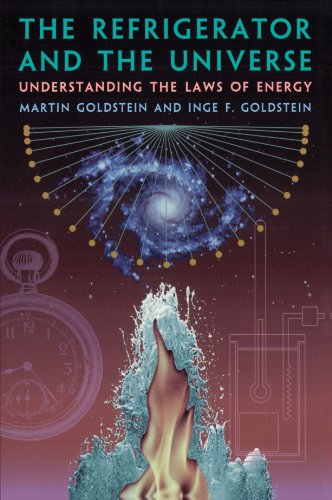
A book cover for The Refrigerator and the Universe: Understanding the Laws of Energy; Martin Goldstein; Science & Math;